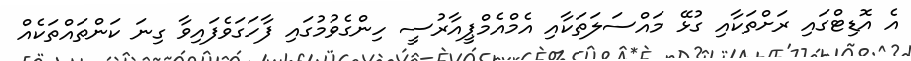
އެ އޮޑިޓްގައި ރަށްތަކާއި ގުޅޭ މައްސަލަތަކާއި އެމްއެމްޕީއާރުސީ ހިންގެވުމުގައި ފާހަގަވެފައިވާ ގިނަ ކަންތައްތަކެއް